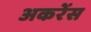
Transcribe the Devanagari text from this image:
अकरेंस